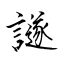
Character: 譢